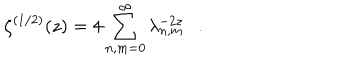
LaTeX: \zeta ^ { ( 1 / 2 ) } ( z ) = 4 \sum _ { n , m = 0 } ^ { \infty } \lambda _ { n , m } ^ { - 2 z } .